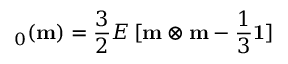
\mathbf { \varepsilon } _ { 0 } ( \mathbf { m } ) = { \frac { 3 } { 2 } } E \, [ \mathbf { m } \otimes \mathbf { m } - { \frac { 1 } { 3 } } \mathbf { 1 } ]